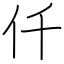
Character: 仟